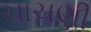
ચાચણી